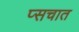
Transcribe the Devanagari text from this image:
प्सचात